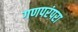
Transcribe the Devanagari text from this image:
गणपरंपरा